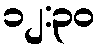
၁၂:၃၀